Report on horse surra - Volume II, Part I
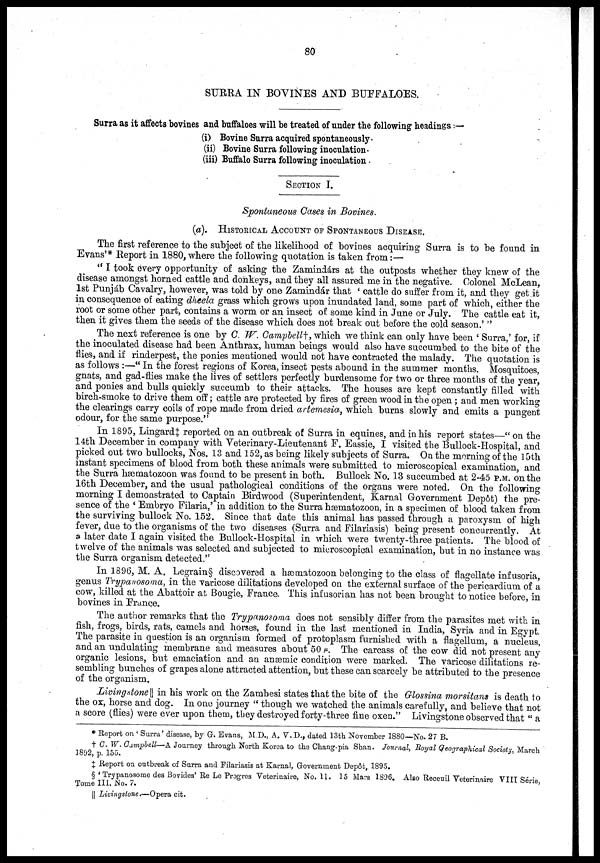
80
SURRA IN BOVINES AND BUFFALOES.
Surra as it affects bovines and buffaloes will be treated of under the following headings :—
(i) Bovine Surra acquired spontaneously.
(ii) Bovine Surra following inoculation.
(iii) Buffalo Surra following inoculation.
SECTION I.
Spontaneous Cases in Bovines.
(a). HISTORICAL ACCOUNT OF SPONTANEOUS DISEASE.
The first reference to the subject of the likelihood of bovines acquiring Surra is to be found in
Evans'* Report in 1880, where the following quotation is taken from:—
"I took every opportunity of asking the Zamindárs at the outposts whether they knew of the
disease amongst horned cattle and donkeys, and they all assured me in the negative. Colonel McLean,
1st Punjáb Cavalry, however, was told by one Zamindár that ' cattle do suffer from it, and they get it
in consequence of eating dheela grass which grows upon inundated land, some part of which, either the
root or some other part, contains a worm or an insect of some kind in June or July. The cattle eat it,
then it gives them the seeds of the disease which does not break out before the cold season.' "
The next reference is one by C. W. Campbell†, which we think can only have been ' Surra,' for, if
the inoculated disease had been Anthrax, human beings would also have succumbed to the bite of the
flies, and if rinderpest, the ponies mentioned would not have contracted the malady. The quotation is
as follows :—"In the forest regions of Korea, insect pests abound in the summer months. Mosquitoes,
gnats, and gad-flies make the lives of settlers perfectly burdensome for two or three months of the year,
and ponies and bulls quickly succumb to their attacks. The houses are kept constantly filled with
birch-smoke to drive them off; cattle are protected by fires of green wood in the open ; and men working
the clearings carry coils of rope made from dried artemesia, which burns slowly and emits a pungent
odour, for the same purpose."
In 1895, Lingard‡ reported on an outbreak of Surra in equines, and in his report states—" on the
14th December in company with Veterinary-Lieutenant F. Eassie, I visited the Bullock-Hospital, and
picked out two bullocks, Nos. 13 and 152, as being likely subjects of Surra. On the morning of the 15th
instant specimens of blood from both these animals were submitted to microscopical examination, and
the Surra hæmatozoon was found to be present in both. Bullock No. 13 succumbed at 2-45 P.M. on the
16th December, and the usual pathological conditions of the organs were noted. On the following
morning I demonstrated to Captain Birdwood (Superintendent, Karnal Government Dep6t) the pre-
sence of the ' Embryo Filaria,' in addition to the Surra hæmatozoon, in a specimen of blood taken from
the surviving bullock No. 152. Since that date this animal has passed through a paroxysm of high
fever, due to the organisms of the two diseases (Surra and Filariasis) being present concurrently. At
a later date I again visited the Bullock-Hospital in which were twenty-three patients. The blood of
twelve of the animals was selected and subjected to microscopical examination, but in no instance was
the Surra organism detected."
In 1896, M. A. Legrain§ discovered a hæmatozoon belonging to the class of flagellate infusoria,
genus Trypanosoma, in the varicose dilitations developed on the external surface of the pericardium of a
cow, killed at the Abattoir at Bougie, France. This infusorian has not been brought to notice before, in
bovines in France.
The author remarks that the Trypanosoma does not sensibly differ from the parasites met with in
fish, frogs, birds, rats, camels and horses, found in the last mentioned in India, Syria and in Egypt.
The parasite in question is an organism formed of protoplasm furnished with a flagellum, a nucleus,
and an undulating membrane and measures about 50 μ. The carcass of the cow did not present any
organic lesions, but emaciation and an anæmic condition were marked. The varicose dilitations re-
sembling bunches of grapes alone attracted attention, but these can scarcely be attributed to the presence
of the organism.
Livingstone|| in his work on the Zambesi states that the bite of the Glossina morsitans is death to
the ox, horse and dog. In one journey " though we watched the animals carefully, and believe that not
a score (flies) were ever upon them, they destroyed forty-three fine oxen." Livingstone observed that "a
* Report on 'Surra' disease, by G. Evans, M.D., A. V. D., dated 13th November 1880—No. 27 B.
† C. W. Campbell—A Journey through North Korea to the Chang-pia Shan. Journal, Royal Geographical Society, March
1892, p. 155.
‡ Report on outbreak of Surra and Filariasis at Karnal, Government Depôt, 1895.
§ 'Trypanosome des Bovides' Re Le Progres Veterinaire, No. 11. 15 Mars 1896. Also Receuil Vetermaire VIII Serie,
Tome III. No. 7.
|| Livingstone.—Opera cit.